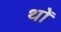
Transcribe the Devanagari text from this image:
थों